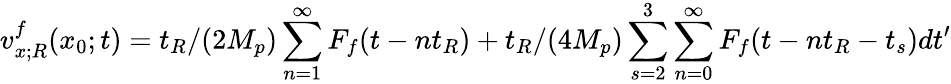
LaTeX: v_{x;R}^{f}(x_{0};t)=t_{R}/(2M_{p})\sum_{n=1}^{\infty}F_{f}(t-nt_{R})+t_{R}/(4M_{p})\sum_{s=2}^{3}\sum_{n=0}^{\infty}F_{f}(t-nt_{R}-t_{s})dt^{\prime}